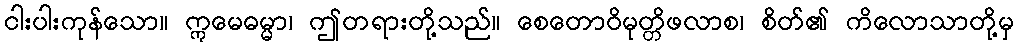
ငါးပါးကုန်သော။ ဣမေဓမ္မာ၊ ဤတရားတို့သည်။ စေတောဝိမုတ္တိဖလာစ၊ စိတ်၏ ကိလောသာတို့မှ